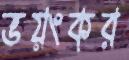
ভয়ংকর